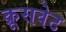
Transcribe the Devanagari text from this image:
क्रूसवेट